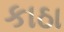
કાઠા